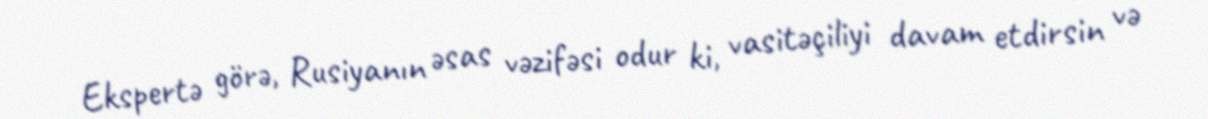
Ekspertə görə, Rusiyanın əsas vəzifəsi odur ki, vasitəçiliyi davam etdirsin və